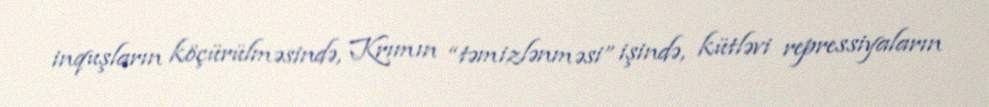
inquşların köçürülməsində, Krımın “təmizlənməsi” işində, kütləvi repressiyaların